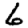
Digit: 6